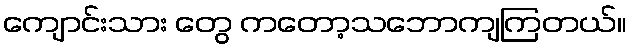
ကျောင်းသား တွေ ကတော့သဘောကျကြတယ်။